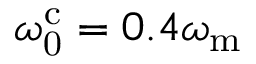
\omega _ { \mathrm { 0 } } ^ { \mathrm { c } } = 0 . 4 \omega _ { \mathrm { m } }